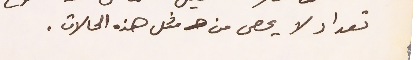
تعداد لا يحصى من مثل هذه الحالات.